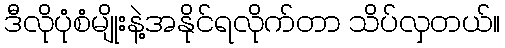
ဒီလိုပုံစံမျိုးနဲ့အနိုင်ရလိုက်တာ သိပ်လှတယ်။